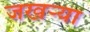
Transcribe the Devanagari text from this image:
जखऱ्या